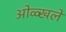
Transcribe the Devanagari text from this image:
ओळ्खले